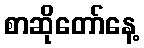
စာဆိုတော်နေ့